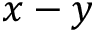
x - y